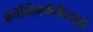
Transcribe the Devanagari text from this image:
अॅनॅक्झिमेनीसपुढे